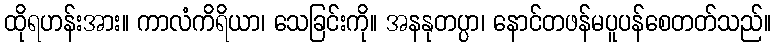
ထိုရဟန်းအား။ ကာလံကိရိယာ၊ သေခြင်းကို။ အနနုတပ္ပာ၊ နောင်တဖန်မပူပန်စေတတ်သည်။